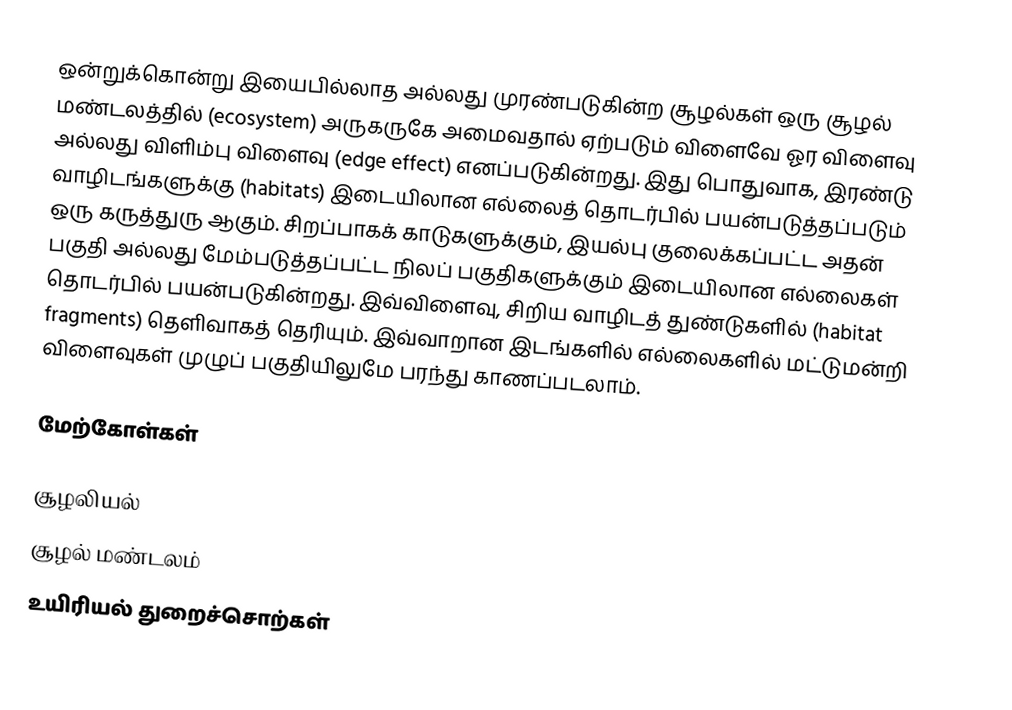
ஒன்றுக்கொன்று இயைபில்லாத அல்லது முரண்படுகின்ற சூழல்கள் ஒரு சூழல் மண்டலத்தில் (ecosystem) அருகருகே அமைவதால் ஏற்படும் விளைவே ஓர விளைவு அல்லது விளிம்பு விளைவு (edge effect) எனப்படுகின்றது. இது பொதுவாக, இரண்டு வாழிடங்களுக்கு (habitats) இடையிலான எல்லைத் தொடர்பில் பயன்படுத்தப்படும் ஒரு கருத்துரு ஆகும். சிறப்பாகக் காடுகளுக்கும், இயல்பு குலைக்கப்பட்ட அதன் பகுதி அல்லது மேம்படுத்தப்பட்ட நிலப் பகுதிகளுக்கும் இடையிலான எல்லைகள் தொடர்பில் பயன்படுகின்றது. இவ்விளைவு, சிறிய வாழிடத் துண்டுகளில் (habitat fragments) தெளிவாகத் தெரியும். இவ்வாறான இடங்களில் எல்லைகளில் மட்டுமன்றி விளைவுகள் முழுப் பகுதியிலுமே பரந்து காணப்படலாம்.

மேற்கோள்கள்

சூழலியல்
சூழல் மண்டலம்
உயிரியல் துறைச்சொற்கள்